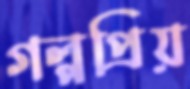
গল্পপ্রিয়